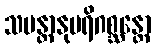
သမန္တာနုပရိဂစ္ဆန္တော